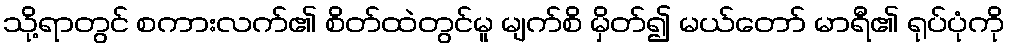
သို့ရာတွင် စကားလက်၏ စိတ်ထဲတွင်မူ မျက်စိ မှိတ်၍ မယ်တော် မာရီ၏ ရုပ်ပုံကို